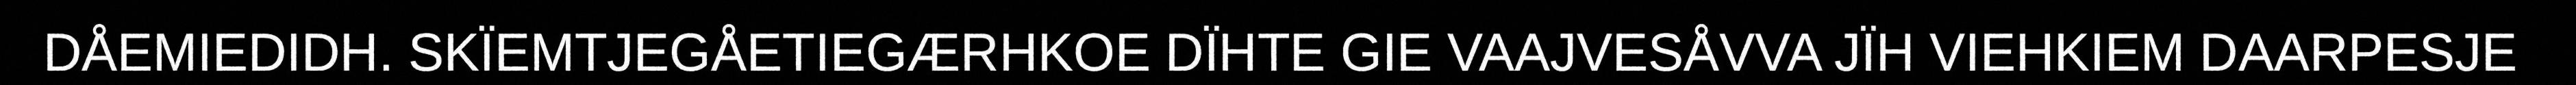
DÅEMIEDIDH. SKÏEMTJEGÅETIEGÆRHKOE DÏHTE GIE VAAJVESÅVVA JÏH VIEHKIEM DAARPESJE